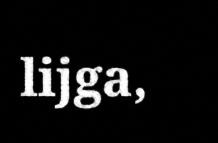
lijga,